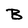
Character: B